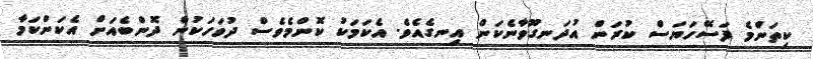
ކިތަންމެ ފަސޭހަޔަސް ކުރަން އުދަނގޫވާނެކަން އިނގެއެވެ. އެކަމަކު ކޮންމެވެސް ދުވަހަކުން ދޮންބެއަށް އެކަންކަމާ